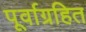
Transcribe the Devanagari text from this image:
पूर्वाग्रहित